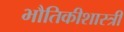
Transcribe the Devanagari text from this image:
भौतिकीशास्त्री